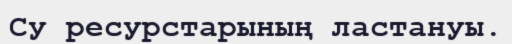
Су ресурстарының ластануы.